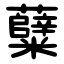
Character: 糵